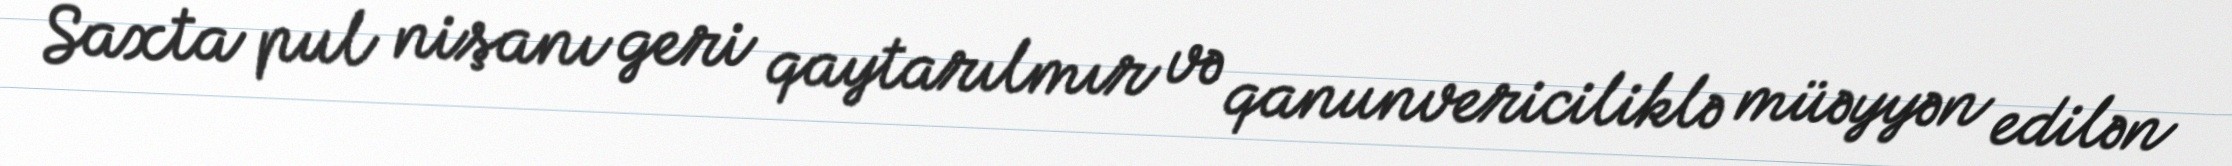
Saxta pul nişanı geri qaytarılmır və qanunvericiliklə müəyyən edilən